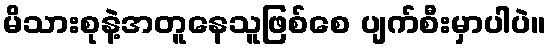
မိသားစုနဲ့အတူနေသူဖြစ်စေ ပျက်စီးမှာပါပဲ။